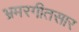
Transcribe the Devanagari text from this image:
भ्रमरगीतसार